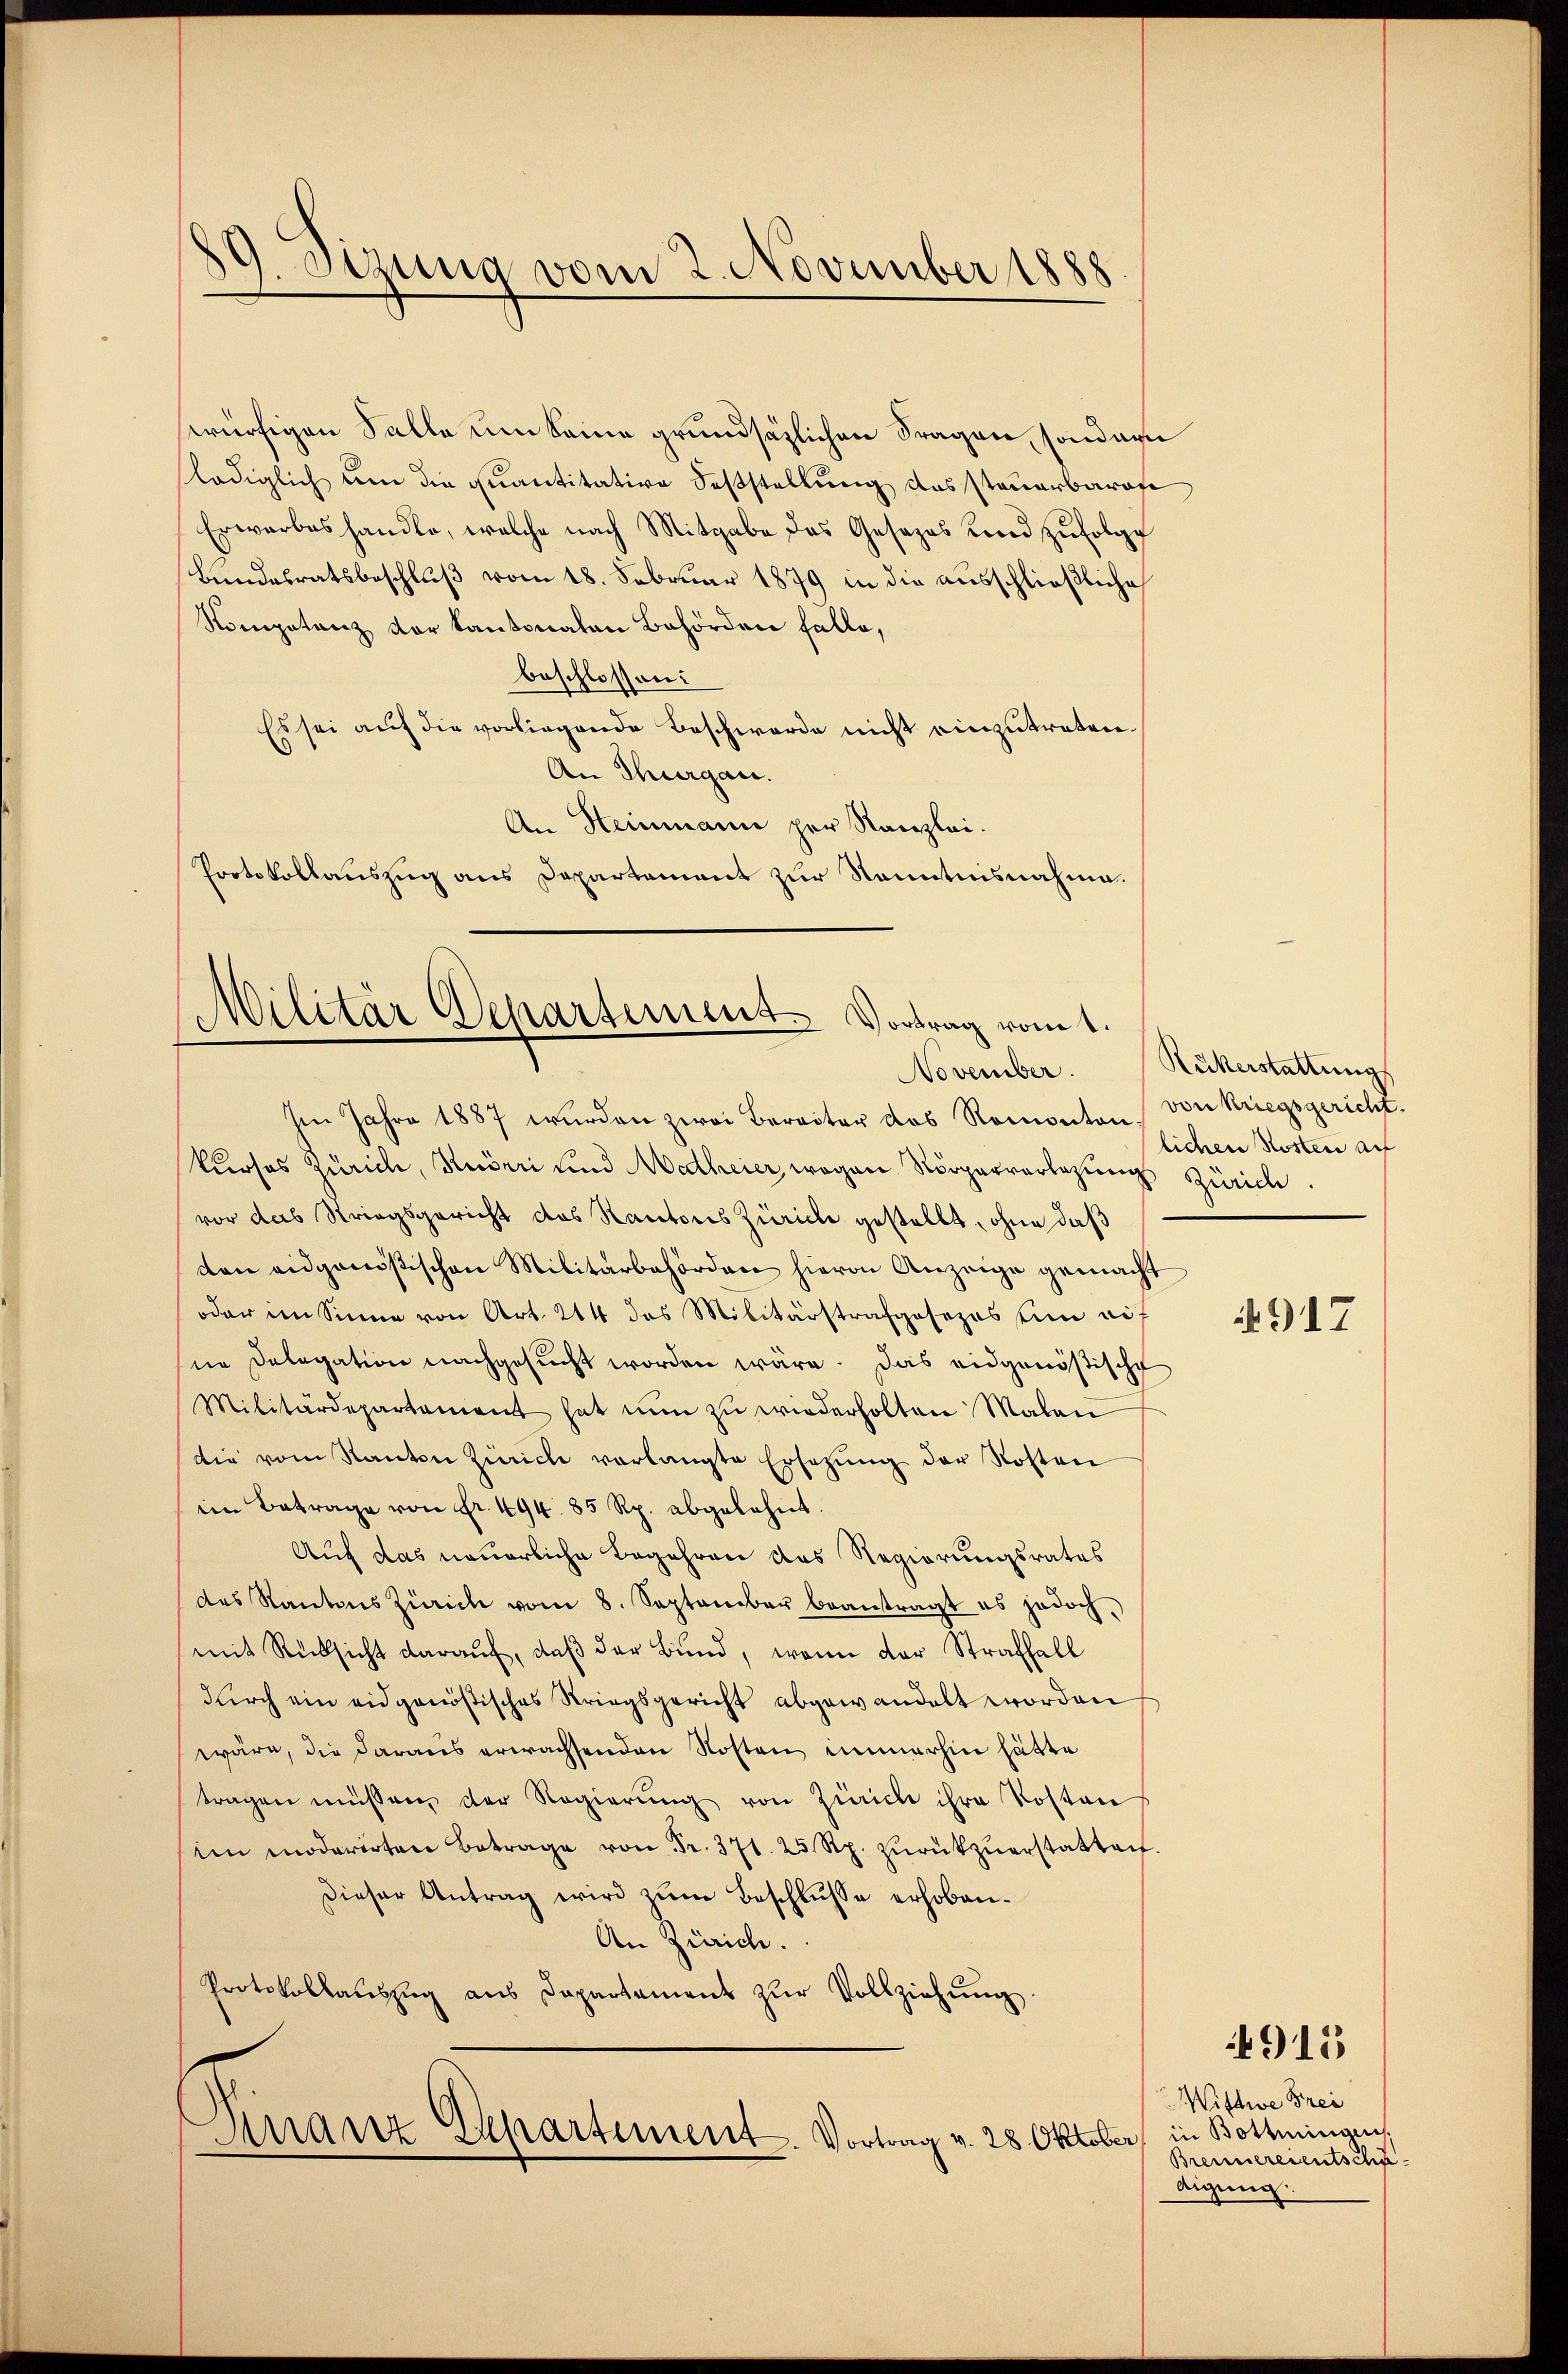
89. Sizung vom 2. November 1888

swürfigen Falle um Seine grundsätzlichen Fragen, sondern
flediglich um die quantitative Feststellung das Steuerbarafe
Erwarbes handle, welche nach Mitgabe das Gesezes und zŭfolge
Bundesratsbeschluß vom 18. Februar 1879 in die ausschließliche
Kompetenz der Kantonalen Behörden Falle,
beschlossen:
Es sei auf die vorliegende Beschwerde nicht einzutreten.
An Thurgau.
An Heinmann per Kanzlei.
Protokollauszug aus Departement zur Kenntnisnahme.

Militär Departement. Vortrag vom 1.
November.

Im Jahre 1887 wurden zwei Bereiter das Romonton von kriegsgericht.
kurses Zürich, Huberi und Matheier, wegen Körperverlegung Zürich
vor das Striegsgericht das Kantons Zürich gestellt, ohne daß
den eidgenößischen Militärbehörden hievon Anzeige gemacht
oder im Sinne von Art. 214 das Militärstrafgesezes ein eif
sne Delegation nachgesucht worden wäre. Das eidgenößische
Militärdepartament hat nŭn zŭ wiederholten Malan
die vom Kanton Zürich verlangte Ersetzŭng der Rosten
im Betrage von Fr. 494. 85 Rp. abgelehnt
Auf das neuerliche Begehren das Regierungsrates
des Kantons Zürich vom 8. September beantragt es jedoch,
mit Rücksicht daraŭf, daβ der Bund, wenn der Straffall
durch ein eidgenößisches Striegsgericht abgewandelt worden
wäre, die daraus erwachsenden Kosten immerhin hätte
tragen müssen, der Regierŭng von Zürich ihre Kosten
ien moderirten Betrage von Fr. 371. 25 Rp. zŭrükzŭerstatten.
Dieser Antrag wird zŭm Beschlŭsse erhoben¬
An Zürich.
Protokollaŭszŭg aŭs Departamens zŭr Vollziehŭng.

Dinanz Departement. Vortrag v. 28. Oktober

Rükerstattung
lichen Kosten auf

§917

Wittwe Frei
in Bottingen.
Brenneresentscha
digung.

4915